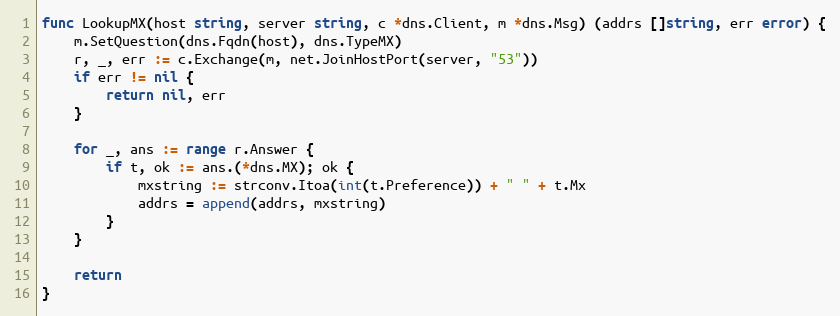
Language: Go
func LookupMX(host string, server string, c *dns.Client, m *dns.Msg) (addrs []string, err error) {
	m.SetQuestion(dns.Fqdn(host), dns.TypeMX)
	r, _, err := c.Exchange(m, net.JoinHostPort(server, "53"))
	if err != nil {
		return nil, err
	}

	for _, ans := range r.Answer {
		if t, ok := ans.(*dns.MX); ok {
			mxstring := strconv.Itoa(int(t.Preference)) + " " + t.Mx
			addrs = append(addrs, mxstring)
		}
	}

	return
}